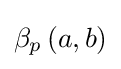
\beta _{p}\left(a,b\right)